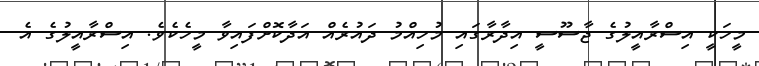
މީހަކީ އިސްރާއީލުގެ ޖާސޫސީ އިދާރާގައި މުހިއްމު ދައުރެއް އަދާކޮށްފައިވާ މީހެކެވެ. އިސްރާއީލުގެ އެ